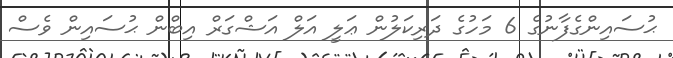
ޙުސައިންގެފާނުގެ 6 މަހުގެ ދަރިކަލުން ޢަލީ އަލް އަޝްގަރް އިބްން ޙުސައިން ވެސް